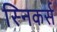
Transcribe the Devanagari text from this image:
स्निकर्स